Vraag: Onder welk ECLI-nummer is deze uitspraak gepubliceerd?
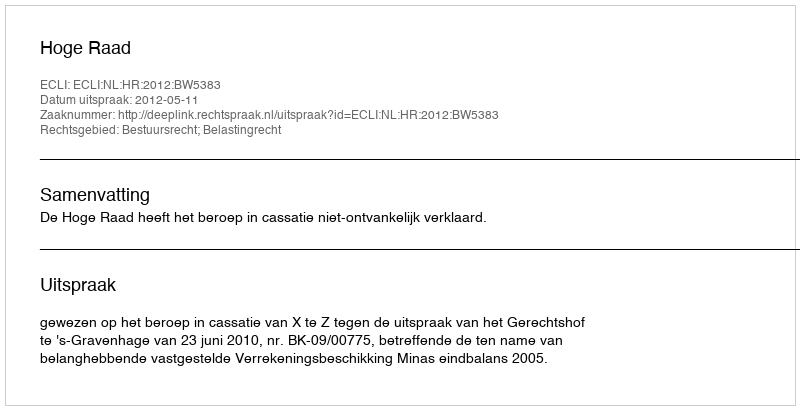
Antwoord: ECLI:NL:HR:2012:BW5383